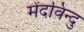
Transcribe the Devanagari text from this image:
मेंदविन्दु